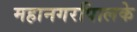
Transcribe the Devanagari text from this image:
महानगरपािलके